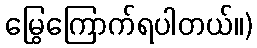
မြွေကြောက်ရပါတယ်။)